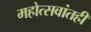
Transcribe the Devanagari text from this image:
महोत्सवांतही